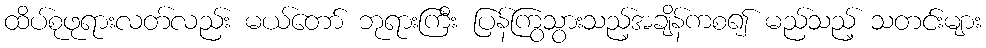
ထိပ်စုဖုရားလတ်လည်း မယ်တော် ဘုရားကြီး ပြန်ကြွသွားသည့်အချိန်ကစ၍ မည်သည့် သတင်းများ